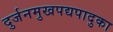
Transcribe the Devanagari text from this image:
दुर्जनमुखपद्यपादुका